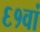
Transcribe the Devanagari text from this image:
६१वां